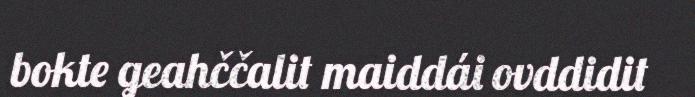
bokte geahččalit maiddái ovddidit